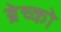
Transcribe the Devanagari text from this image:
ब्रेच्को